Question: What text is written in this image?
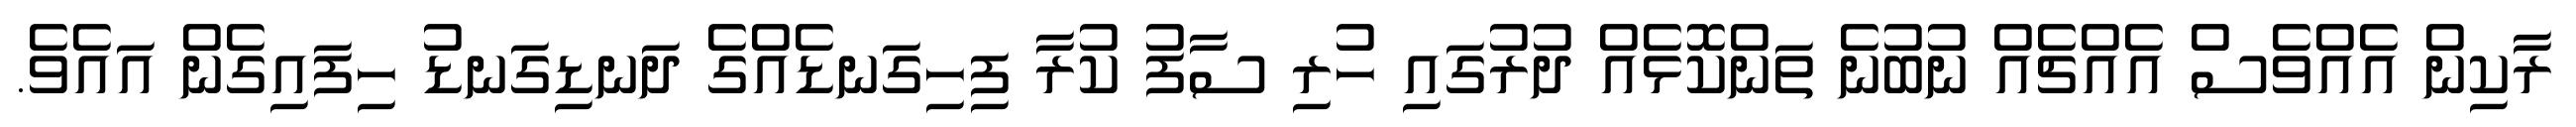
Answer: ރާކިން އެއްވެސް އެއްޗެއް ނުބުނެ ތަންކޮޅެއް ދުރުގައި ހުރި ސާފު ކުރާ ފިހިގަނޑެއްގެ ދަނޑިގަނޑު ހިފައިގެން އައެވެ.